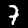
Digit: 7